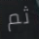
ثم